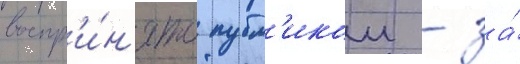
воспр'и́н'ято публ'икои - за́